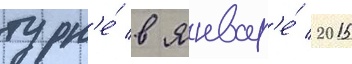
турн'е́ в январ'е́ 2015